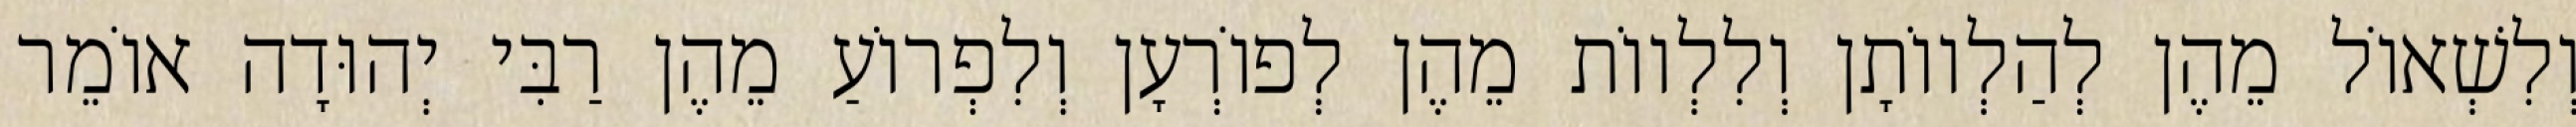
וְלִשְׁאוֹל מֵהֶן לְהַלְווֹתָן וְלִלְווֹת מֵהֶן לְפוֹרְעָן וְלִפְרוֹעַ מֵהֶן רַבִּי יְהוּדָה אוֹמֵר